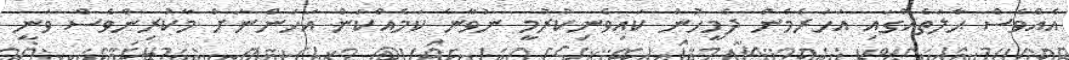
އެއްވެސް ޙާލަތެއްގައި އަހަރެމެން ދެމީހުން ކައިވެނިކުރުމީ ނުވާނެ ކަމެއްކަން އަހަންނަށް މާކުރިންވެސް ވަނީ